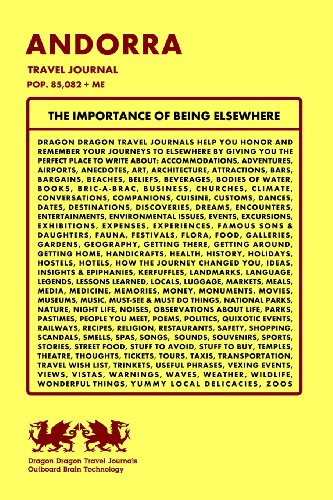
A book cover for Andorra Travel Journal, Pop. 85,082 + Me; Dragon Dragon Travel Journals; Travel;